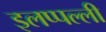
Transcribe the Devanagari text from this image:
इलप्पल्ली